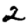
Digit: 2